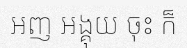
អញ អង្គុយ ចុះ ក៏